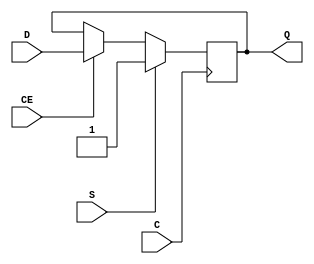
module FDSE_1 (
  output reg Q,
  (* clkbuf_sink *)
  input C,
  input CE,
  input D,
  input S
);
  parameter [0:0] INIT = 1'b1;
  initial Q <= INIT;
  always @(negedge C) if (S) Q <= 1'b1; else if (CE) Q <= D;
  specify
    // https://github.com/SymbiFlow/prjxray-db/blob/23c8b0851f979f0799318eaca90174413a46b257/artix7/timings/slicel.sdf#L249
    $setup(D , negedge C &&& CE, /*-46*/ 0); // Negative times not currently supported
    // https://github.com/SymbiFlow/prjxray-db/blob/23c8b0851f979f0799318eaca90174413a46b257/artix7/timings/slicel.sdf#L248
    $setup(CE, negedge C, 109);
    // https://github.com/SymbiFlow/prjxray-db/blob/23c8b0851f979f0799318eaca90174413a46b257/artix7/timings/slicel.sdf#L274
    $setup(S , negedge C, 404);
    // https://github.com/SymbiFlow/prjxray-db/blob/34ea6eb08a63d21ec16264ad37a0a7b142ff6031/artix7/timings/CLBLL_L.sdf#L243
    if (S)        (negedge C => (Q : 1'b1)) = 303;
    if (!S && CE) (negedge C => (Q : D)) = 303;
  endspecify
endmodule